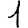
Digit: 1